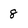
Character: 8